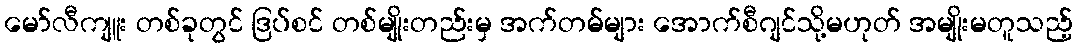
မော်လီကျူး တစ်ခုတွင် ဒြပ်စင် တစ်မျိုးတည်းမှ အက်တမ်များ အောက်စီဂျင်သို့မဟုတ် အမျိုးမတူသည့်